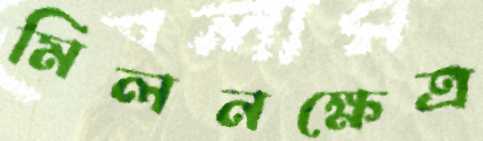
মিলনক্ষেত্র